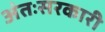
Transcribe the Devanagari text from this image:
अंतःसरकारी